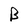
Character: B